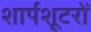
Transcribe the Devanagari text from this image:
शार्पशूटरों